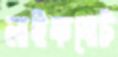
লাইফবোট